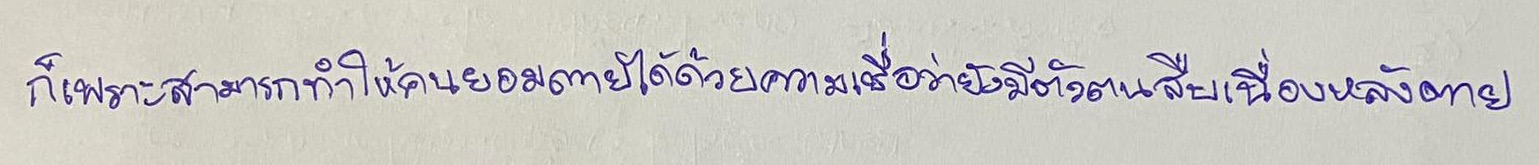
ก็เพราะสามารถทำให้คนยอมตายได้ด้วยความเชื่อว่ายังมีตัวตนสืบเนื่องหลังตาย